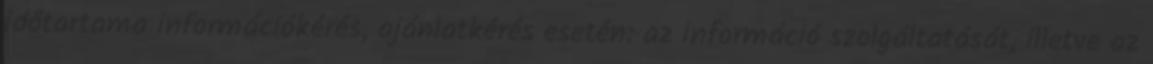
időtartama információkérés, ajánlatkérés esetén: az információ szolgáltatását, illetve az